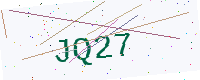
Text: JQ27